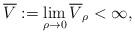
LaTeX: \begin{align*}\overline{V}:=\lim\limits_{\rho\to0}\overline{V}_\rho<\infty,\end{align*}